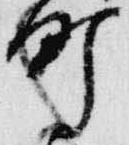
町